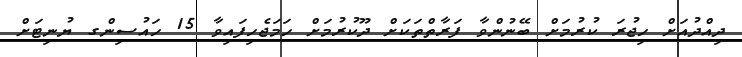
ދިއްދުއަށް ހިޖުރަ ކުރުމަށް ބޭނުންވާ ފަރާތްތަކަށް ދޫކުރުމަށް ހަމަޖެހިފައިވާ 15 ހައުސިންގ ޔުނިޓަށް